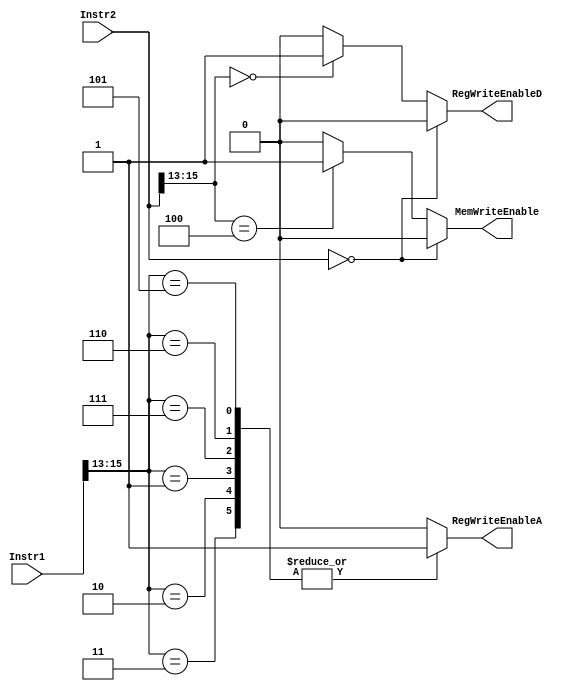
module control_unit(
	input [15:0] Instr1, Instr2,
    output reg RegWriteEnableA, RegWriteEnableD, MemWriteEnable
);
	// Arithmetic
    // Assign RegWrite1
	always @(*) begin
		case(Instr1[15:13])
			3'b101, // ADD
			3'b110, // SUB
			3'b111, // MUL
			3'b001, // AND
			3'b010, // OR
			3'b011: // XOR
				RegWriteEnableA <= 1'b1;
			default:
				RegWriteEnableA <= 1'b0;
		endcase
	end

	// Load & Store
    // Assign MemWrite
	always @(*) begin
		if (Instr2 == 16'b0) begin 
			MemWriteEnable <= 1'b0;
			RegWriteEnableD <= 1'b0;
		end else begin
			case(Instr2[15:13])
				3'b100: MemWriteEnable <= 1'b1; // STORE Instr
				default: MemWriteEnable <= 1'b0;
			endcase

			// LOAD ops write to register
			case(Instr2[15:13])
				3'b000: RegWriteEnableD <= 1'b1; // LOAD Instr
				default: RegWriteEnableD <= 1'b0;
			endcase
		end

	end


endmodule